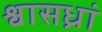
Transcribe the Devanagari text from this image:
श्वासध्रां